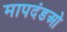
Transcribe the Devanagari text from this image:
मापदंडओ